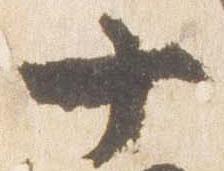
十